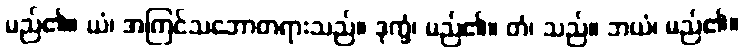
မည်၏။ ယံ၊ အကြင်သဘောတရားသည်။ ဒုက္ခံ၊ မည်၏။ တံ၊ သည်။ ဘယံ၊ မည်၏။